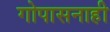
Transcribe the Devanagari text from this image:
गोपासनाही